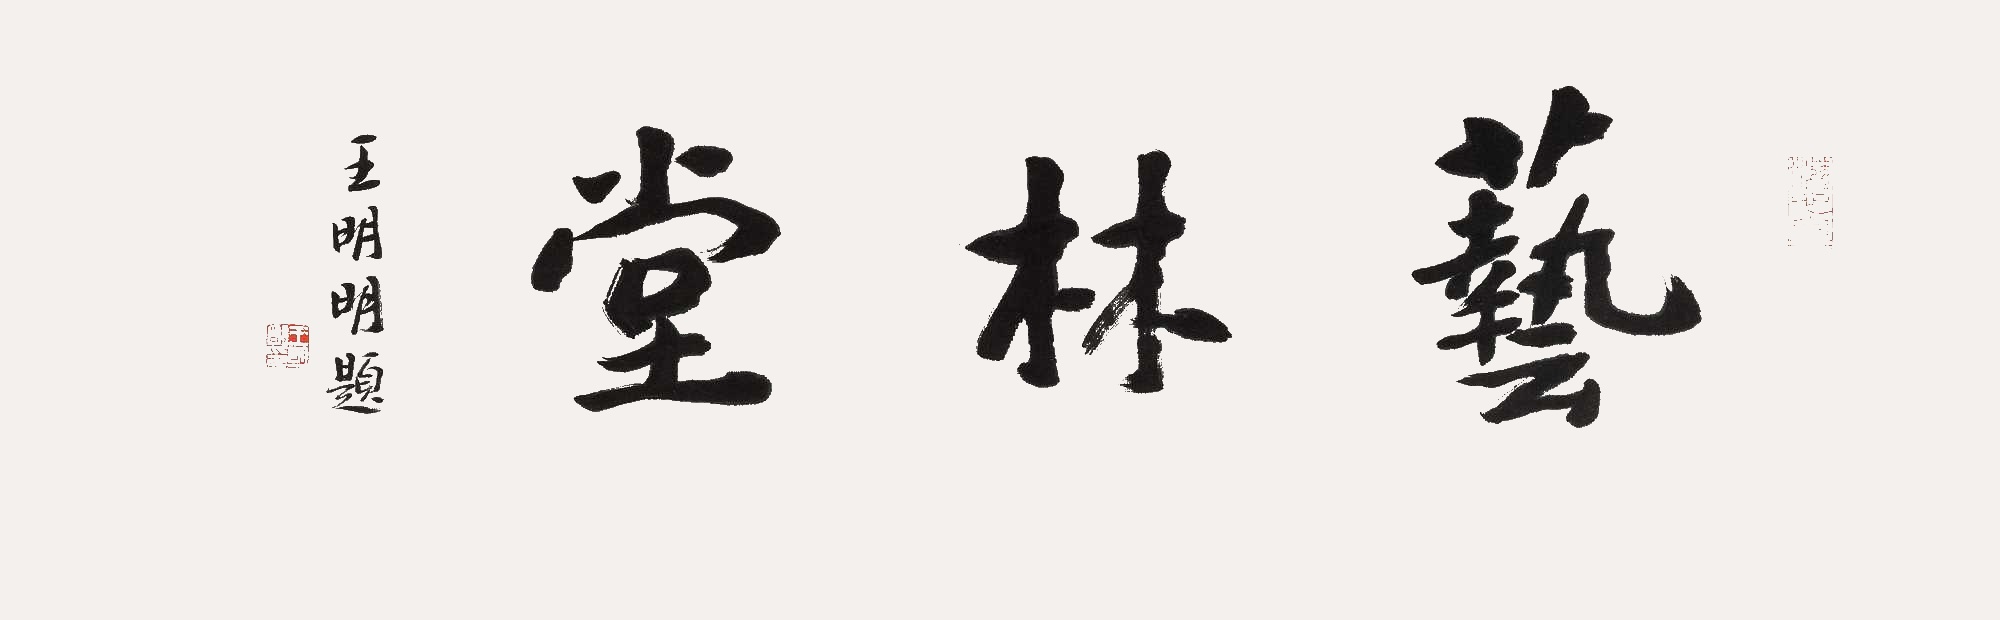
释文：艺林堂王明明题。